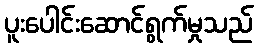
ပူးပေါင်းဆောင်ရွက်မှုသည်